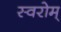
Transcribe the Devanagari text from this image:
स्वरोम्